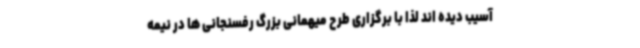
آسیب دیده اند لذا با برگزاری طرح میهمانی بزرگ رفسنجانی ها در نیمه